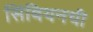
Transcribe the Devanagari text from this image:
सिंबियनची